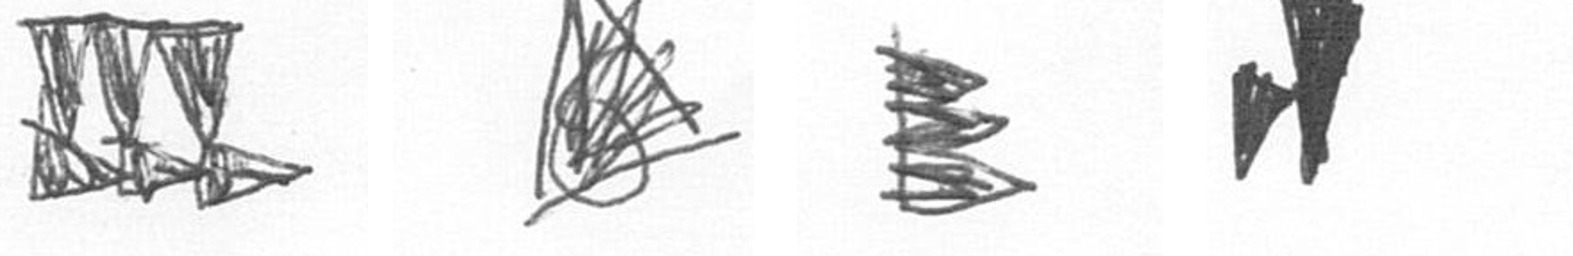
D O H M